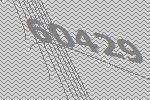
60429